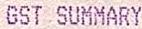
GST SUMMARY